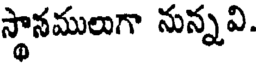
స్థానములుగా నున్నవి.